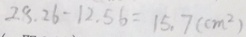
2 8 . 2 6 - 1 2 . 5 6 = 1 5 . 7 ( c m ^ { 2 } )